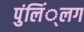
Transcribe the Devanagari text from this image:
पुंलिं्लग